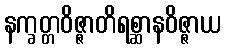
နက္ခတ္တဝိဇ္ဇာတိရစ္ဆာနဝိဇ္ဇာယ